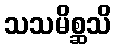
သသမိစ္ဆသိ